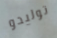
توليدو